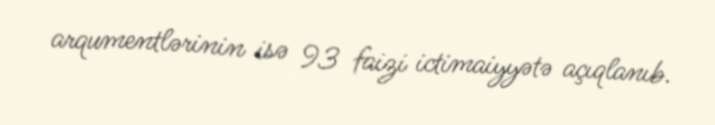
arqumentlərinin isə 93 faizi ictimaiyyətə açıqlanıb.